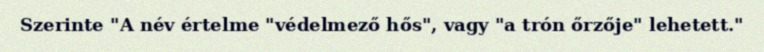
Szerinte "A név értelme "védelmező hős", vagy "a trón őrzője" lehetett."